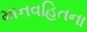
માનવહિતના